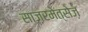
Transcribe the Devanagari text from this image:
साज़रमेत्सेज़